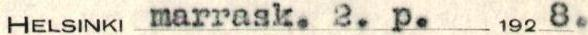
HELSINKI marrask. 2. p. 1928.